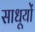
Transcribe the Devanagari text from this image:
साधूयों